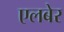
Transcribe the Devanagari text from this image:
एलबेर